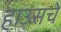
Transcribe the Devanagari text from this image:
हाउसचे